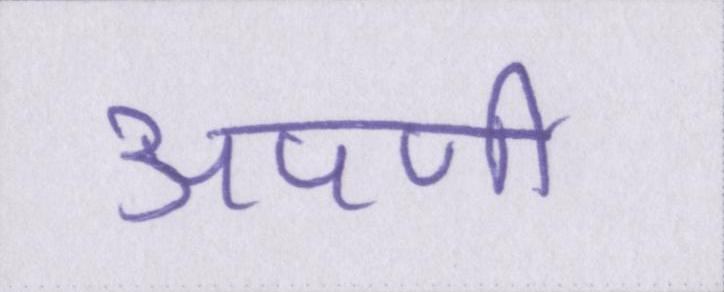
अपणी